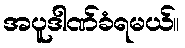
အပူဒါဏ်ခံရမယ်။